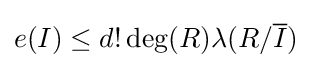
e(I)\leq d!\deg(R)\lambda (R/{\overline {I}})